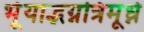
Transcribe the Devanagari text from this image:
र्भूयाद्भग्नत्रिमूर्ध्न